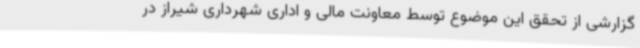
گزارشی از تحقق این موضوع توسط معاونت مالی و اداری شهرداری شیراز در